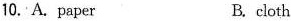
10. A. paper B. cloth